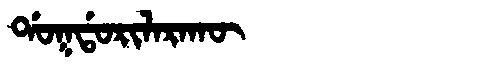
Manchu: ᡩᠣᡴᡩᠣᡵᡳᠯᠠᡵᠠᡴᡡ
Romanization: DOKDORILARAKŪ